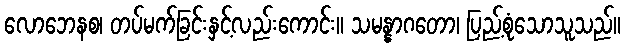
လောဘေနစ၊ တပ်မက်ခြင်းနှင့်လည်းကောင်း။ သမန္နာဂတော၊ ပြည့်စုံသောသူသည်။